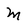
Character: M